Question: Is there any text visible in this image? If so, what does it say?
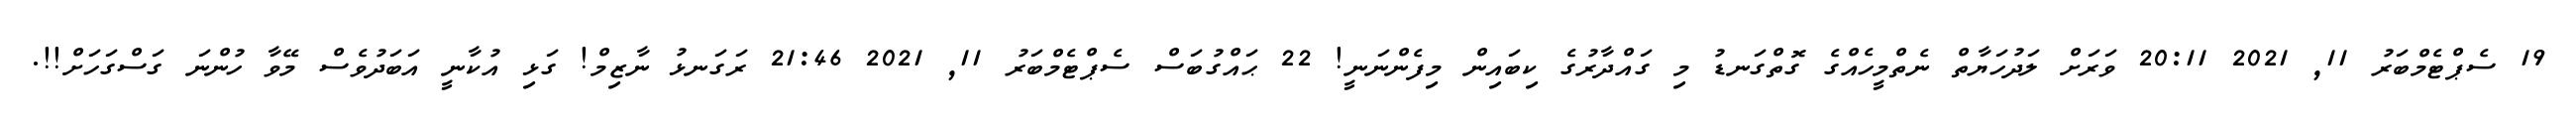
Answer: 19 ސެޕްޓެމްބަރު 11, 2021 20:11 ވަރަށް ލަދުހަޔާތް ނެތްމީހެއްގެ ގޮތްގަނޑު މި ގައްދާރުގެ ކިބައިން މިފެންނަނީ! 22 ޙައްގުބަސް ސެޕްޓެމްބަރު 11, 2021 21:46 ރަގަނޅު ނާޒިމް! ގަޅި އުކާނީ އަބަދުވެސް މޭވާ ހުންނަ ގަސްގަހަށް!!.